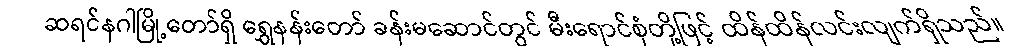
ဆရင်နဂါမြို့တော်ရှိ ရွှေနန်းတော် ခန်းမဆောင်တွင် မီးရောင်စုံတို့ဖြင့် ထိန်ထိန်လင်းလျက်ရှိသည်။